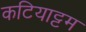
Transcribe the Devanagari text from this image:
कटियाट्टम